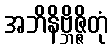
အဘိနိဗ္ဘိဇ္ဇိတုံ